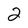
Character: 2